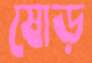
ষোড়